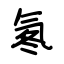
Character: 氡